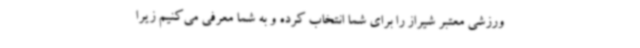
ورزشی معتبر شیراز را برای شما انتخاب کرده و به شما معرفی می‌کنیم زیرا